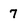
Character: 7